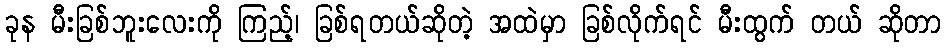
ခုန မီးခြစ်ဘူးလေးကို ကြည့်၊ ခြစ်ရတယ်ဆိုတဲ့ အထဲမှာ ခြစ်လိုက်ရင် မီးထွက် တယ် ဆိုတာ